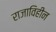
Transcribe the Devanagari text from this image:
राजाविहीन